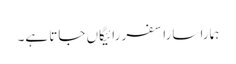
ہمارا سارا سفر رائیگاں جاتا ہے۔